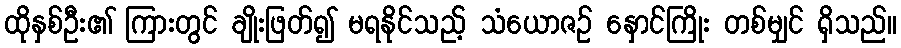
ထိုနှစ်ဦး၏ ကြားတွင် ချိုးဖြတ်၍ မရနိုင်သည့် သံယောဇဉ် နှောင်ကြိုး တစ်မျှင် ရှိသည်။